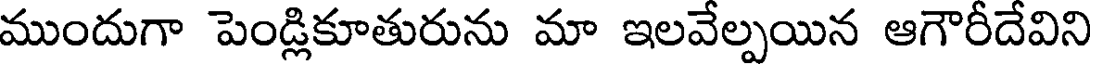
ముందుగా పెండ్లికూతురును మా ఇలవేల్పయిన ఆగౌరీదేవిని